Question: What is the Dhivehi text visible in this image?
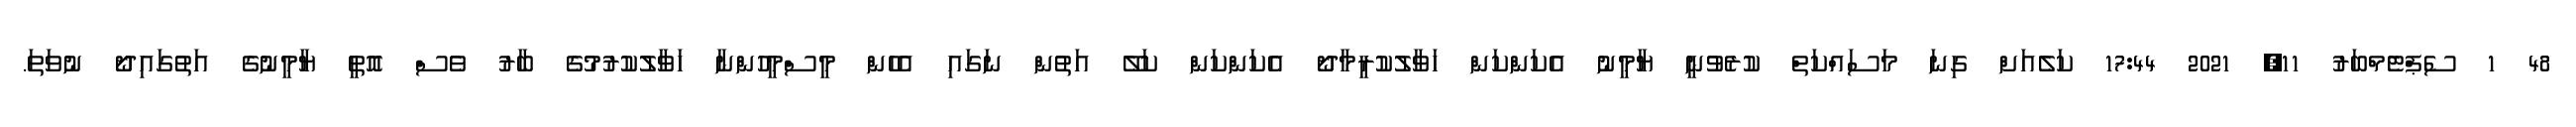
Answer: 48 1 ސެޕްޓެމްބަރު 11, 2021 17:44 ކަލެއަށް ގިނަ މަސައްކަތް ކުރެވުނީ ޔާމީނު އެކަންކަން ހަވާލުކުރީމާދޯ އެކަންކަން ކަލޭ އަތުން ނަގައި އެހެން މީސްމީހުންނާ ހަވާލުކުރުމުގެ ބާރު ވެސް އޮތީ ޔާމީނުގެ އަތުގައިދޯ ނުވަތަ.